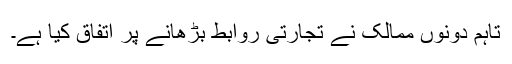
تاہم دونوں ممالک نے تجارتی روابط بڑھانے پر اتفاق کیا ہے۔